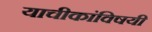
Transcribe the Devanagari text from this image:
याचीकांविषयी